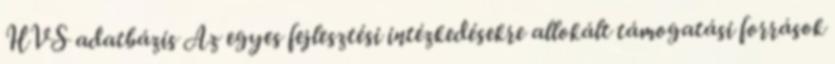
HVS adatbázis Az egyes fejlesztési intézkedésekre allokált támogatási források